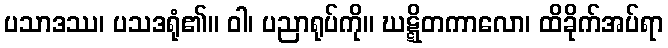
ပသာဒဿ၊ ပသဒရုံ၏။ ဝါ၊ ပညာရုပ်ကို။ ဃဋ္ဋိတကာလော၊ ထိခိုက်အပ်ရာ